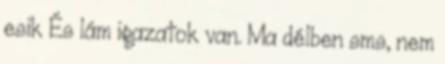
esik És lám igazatok van. Ma délben sms, nem